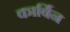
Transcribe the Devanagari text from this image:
कार्बिन